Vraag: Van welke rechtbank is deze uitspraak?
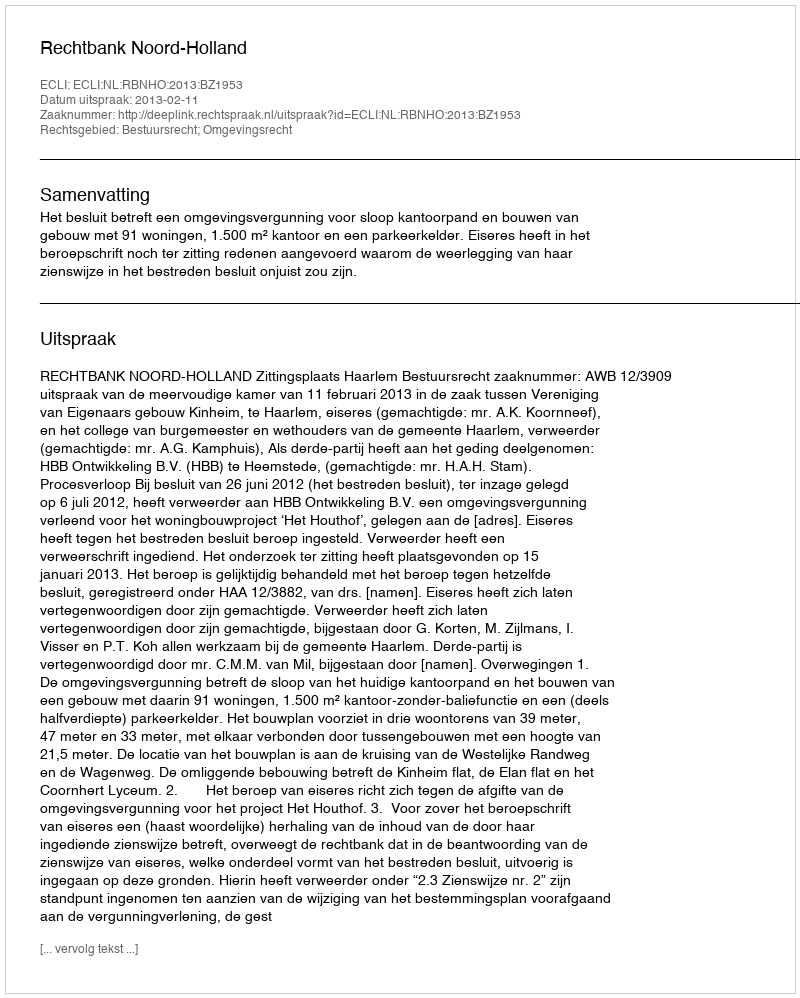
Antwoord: Rechtbank Noord-Holland